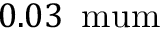
0 . 0 3 \, \mathrm { \ m u m }